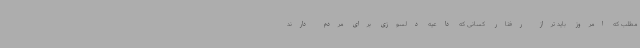
مطلب که امروز باید تراز رفتار کسانی که داعیه دلسوزی برای مردم دارند